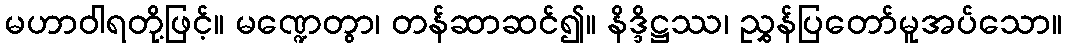
မဟာဝါရတို့ဖြင့်။ မဏ္ဍေတွာ၊ တန်ဆာဆင်၍။ နိဒ္ဒိဋ္ဌဿ၊ ညွှန်ပြတော်မူအပ်သော။